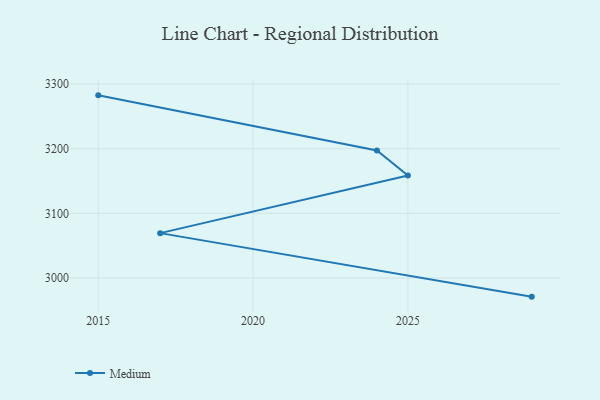
{"axis": {"x": "Year", "y": "Waste Production (Tons)"}, "legend": ["Medium"], "data": [{"x": "2015", "y": 3282.4, "type": "Medium"}, {"x": "2024", "y": 3197.2, "type": "Medium"}, {"x": "2025", "y": 3158.5, "type": "Medium"}, {"x": "2017", "y": 3069.4, "type": "Medium"}, {"x": "2029", "y": 2971.2, "type": "Medium"}]}